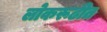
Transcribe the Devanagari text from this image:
लोकरूढीत